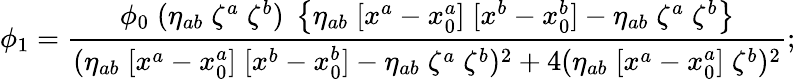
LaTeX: \phi_{1}={\frac{\phi_{0}\; (\eta_{ab}\; \zeta^{a}\; \zeta^{b})\; \left\{ \eta_{ab}\; [x^{a}-x_{0}^{a}]\; [x^{b}-x_{0}^{b}]-\eta_{ab}\; \zeta^{a}\; \zeta^{b}\right\} }{(\eta_{ab}\; [x^{a}-x_{0}^{a}]\; [x^{b}-x_{0}^{b}]-\eta_{ab}\; \zeta^{a}\; \zeta^{b})^{2}+4(\eta_{ab}\; [x^{a}-x_{0}^{a}]\; \zeta^{b})^{2}}};